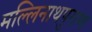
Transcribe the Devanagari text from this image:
मल्लिनाथपुराण